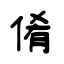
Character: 倄